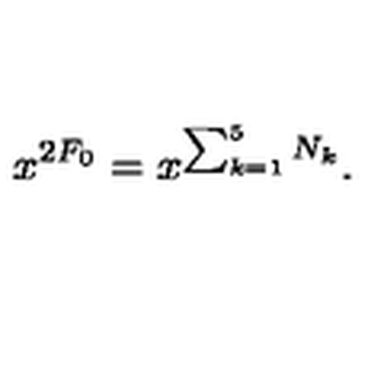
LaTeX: x ^ { 2 F _ { \mathrm { 0 } } } = x ^ { \sum _ { k = 1 } ^ { 5 } N _ { k } } .